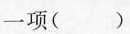
一项()